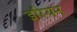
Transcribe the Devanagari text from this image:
इरियन